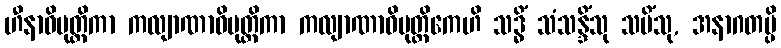
ဟီနာဓိမုတ္တိကာ ကလျာဏာဓိမုတ္တိကာ ကလျာဏာဓိမုတ္တိကေဟိ သဒ္ဓိံ သံသန္ဒိံသု သမိံသု, အနာဂတမ္ပိ